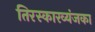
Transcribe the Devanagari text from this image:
तिरस्कारव्यंजका